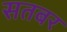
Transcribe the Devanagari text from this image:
सतबर